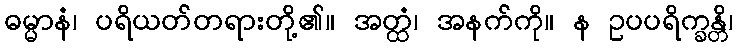
ဓမ္မာနံ၊ ပရိယတ်တရားတို့၏။ အတ္ထံ၊ အနက်ကို။ န ဥပပရိက္ခန္တိ၊